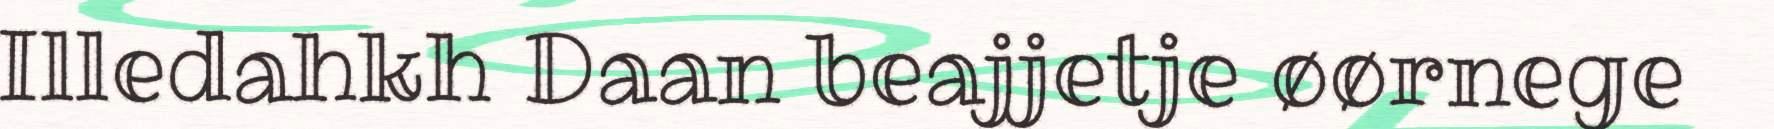
Illedahkh Daan beajjetje øørnege